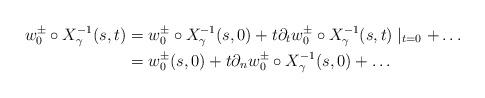
LaTeX: \begin{align*}w_0^\pm\circ X^{-1}_\gamma (s,t)&=w_0^\pm \circ X^{-1}_\gamma (s, 0)+t\partial_t w_0^\pm \circ X^{-1}_\gamma(s,t)\mid_{t=0}+\dots\\&=w_0^\pm (s, 0)+t \partial_n w_0^\pm \circ X^{-1}_\gamma(s,0)+\dots\end{align*}